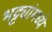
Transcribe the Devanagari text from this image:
भट्ट्यांमध्ये